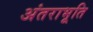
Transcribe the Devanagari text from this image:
अंतराभूति